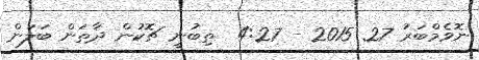
ނޮވެމްބަރު 27